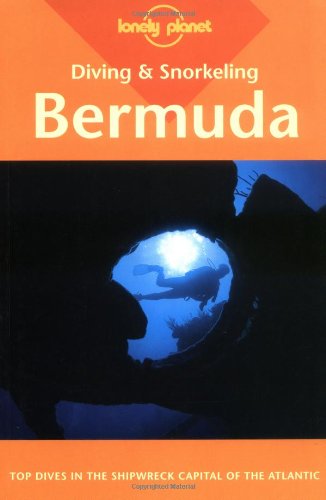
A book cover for Diving & Snorkeling Guide to Bermuda (Lonely Planet Diving and Snorkeling Bermuda); Lawson Wood; Travel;